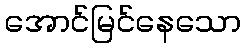
အောင်မြင်နေသော